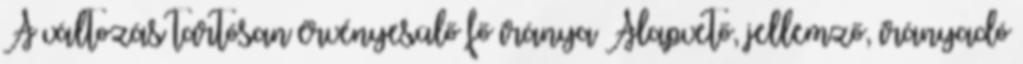
A változás tartósan érvényesülő fő iránya Alapvető, jellemző, irányadó